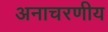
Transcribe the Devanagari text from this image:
अनाचरणीय